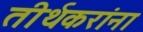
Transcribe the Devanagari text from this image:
तीर्थकरांना